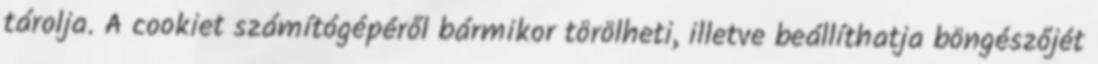
tárolja. A cookiet számítógépéről bármikor törölheti, illetve beállíthatja böngészőjét